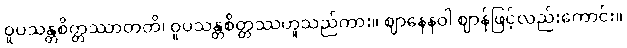
ဝူပသန္တစိတ္တဿာတတိ၊ ဝူပသန္တစိတ္တဿဟူသည်ကား။ ဈာနေနဝါ ဈာန်ဖြင့်လည်းကောင်း။